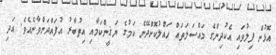
އޮޅުން ފިލުވައި އެކުދިންގެ މައްސަލަތައް ހައްލުކޮށްދޭނެ ކަމުގެ ޔަޤީންކަމާއި އިތުބާރު އުފައްދަންވާނެއެވެ. އަދި